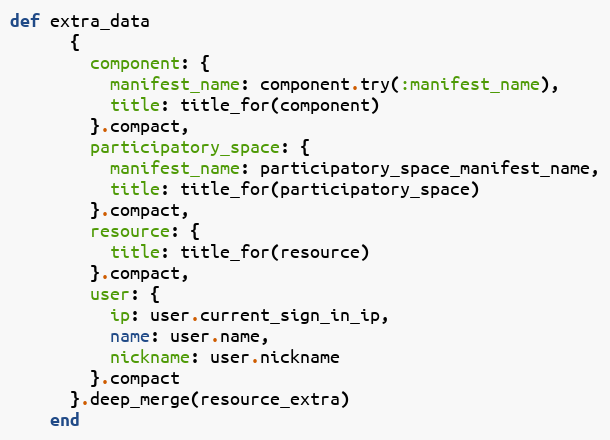
Language: Ruby
def extra_data
      {
        component: {
          manifest_name: component.try(:manifest_name),
          title: title_for(component)
        }.compact,
        participatory_space: {
          manifest_name: participatory_space_manifest_name,
          title: title_for(participatory_space)
        }.compact,
        resource: {
          title: title_for(resource)
        }.compact,
        user: {
          ip: user.current_sign_in_ip,
          name: user.name,
          nickname: user.nickname
        }.compact
      }.deep_merge(resource_extra)
    end